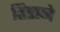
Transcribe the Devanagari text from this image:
हिराने